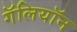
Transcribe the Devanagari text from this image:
गॅलियॉन